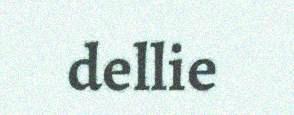
dellie